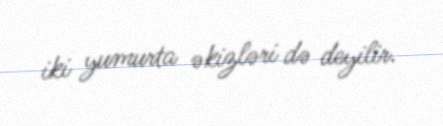
iki yumurta əkizləri də deyilir.